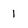
Character: 1